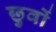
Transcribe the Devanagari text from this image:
छुवों